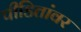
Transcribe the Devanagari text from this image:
पीडितांवर